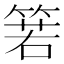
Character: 箬